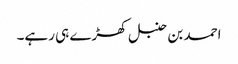
احمد بن حنبل کھڑے ہی رہے۔